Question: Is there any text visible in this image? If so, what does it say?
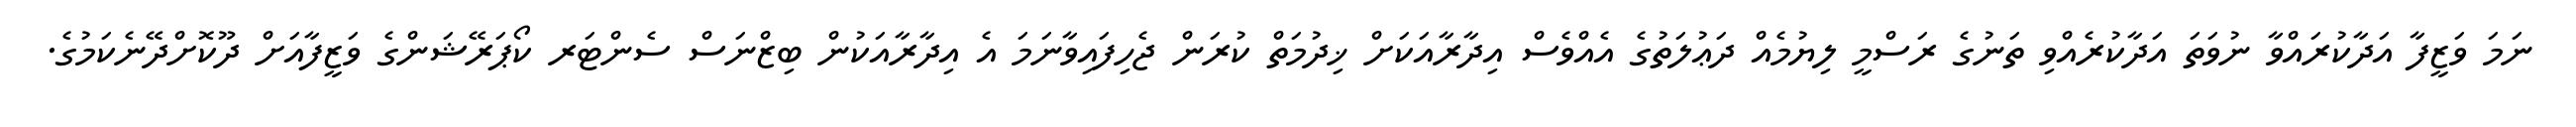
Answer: ނަމަ ވަޒީފާ އަދާކުރައްވާ ނުވަތަ އަދާކުރެއްވި ތަނުގެ ރަސްމީ ލިޔުމެއް ދަޢުލަތުގެ އެއްވެސް އިދާރާއަކަށް ޚިދުމަތް ކުރަން ޖެހިފައިވާނަމަ އެ އިދާރާއަކުން ބިޒްނަސް ސެންޓަރ ކޯޕަރޭޝަންގެ ވަޒީފާއަށް ދޫކޮށްދޭނެކަމުގެ.